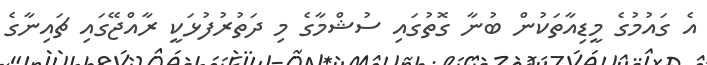
އެ ގައުމުގެ މީޑިއާތަކުން ބުނާ ގޮތުގައި ސުޝްމާގެ މި ދަތުރުފުޅަކީ ރާއްޖޭގައި ޗައިނާގެ